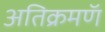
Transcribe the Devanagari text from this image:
अतिक्रमणॅ